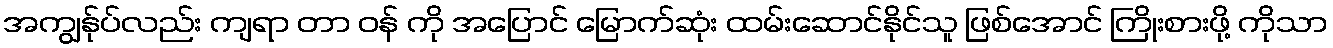
အကျွန်ုပ်လည်း ကျရာ တာ ဝန် ကို အပြောင် မြောက်ဆုံး ထမ်းဆောင်နိုင်သူ ဖြစ်အောင် ကြိုးစားဖို့ ကိုသာ